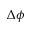
\Delta \phi